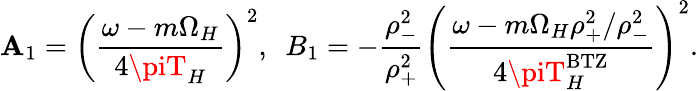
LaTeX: \mathbf{A}_{1}=\left({\frac{{\omega-m\Omega_{H}}}{{4\piT_{H}}}}\right)^{2},~~B_{1}=-{\frac{{\rho_{-}^{2}}}{{\rho_{+}^{2}}}}\left({\frac{{\omega-m\Omega_{H}\rho_{+}^{2}/\rho_{-}^{2}}}{{4\piT_{H}^{\mathrm{{BTZ}}}}}}\right)^{2}.